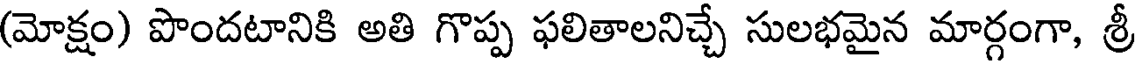
(మోక్షం) పొందటానికి అతి గొప్ప ఫలితాలనిచ్చే సులభమైన మార్గంగా, శ్రీ